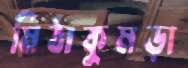
মিঠাকুমড়া